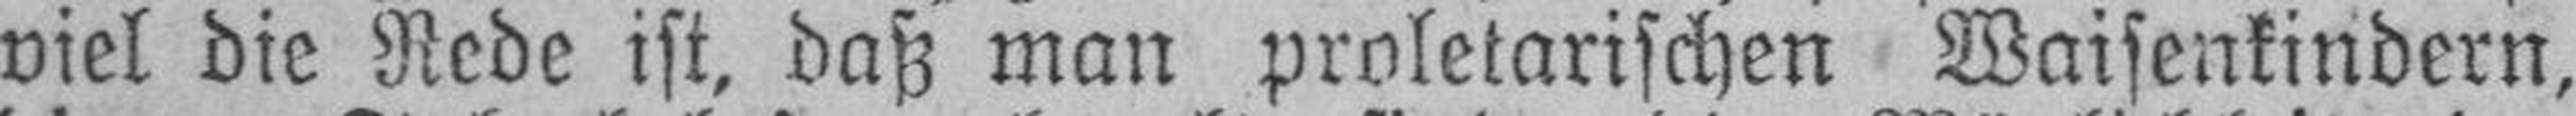
viel die Rede ist, daß man proletarischen Waisenkindern,